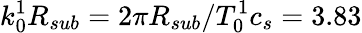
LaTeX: k_{0}^{1}R_{sub}=2\pi R_{sub}/T_{0}^{1}c_{s}=3.83